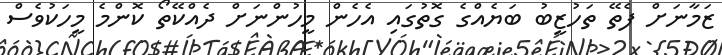
ޒަމާނަށް ފެތޭ ތަހުޒީބު ބަޔެއްގެ ގޮތުގައި އެހެން މީހުންނަށް ދެއްކޭތޯ ކޮންމެ މީހަކުވެސް